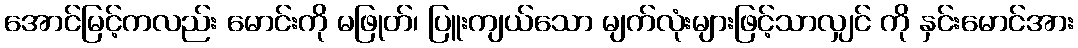
အောင်မြင့်ကလည်း မောင်းကို မဖြုတ်၊ ပြူးကျယ်သော မျက်လုံးများဖြင့်သာလျှင် ကို နှင်းမောင်အား